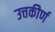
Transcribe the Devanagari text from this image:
उत्तकीर्ण